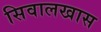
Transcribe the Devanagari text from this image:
सिवालखास